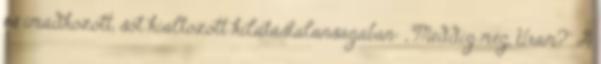
és imádkozott, sőt kiáltozott kilátástalanságában: „Meddig még, Uram?” A